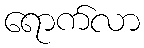
ရောက်လာ